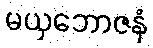
မယှဘောဇနံ